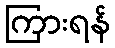
ကြားရန်